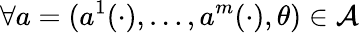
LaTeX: \forall a=(a^{1}(\cdot),\ldots,a^{m}(\cdot),\theta)\in\mathcal{A}